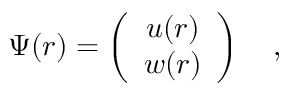
\Psi ( r ) = \left( \begin{array} { c } { { u ( r ) } } \\ { { w ( r ) } } \end{array} \right) \ \ \ ,